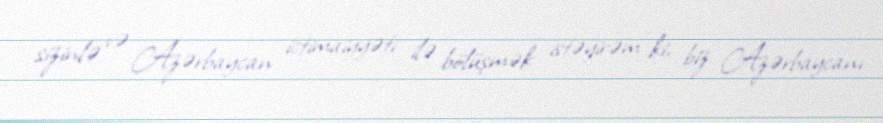
sizinlə və Azərbaycan ictimaiyyəti ilə bölüşmək istəyirəm ki, biz Azərbaycanı